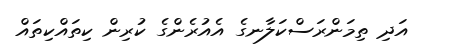
އަދި ތިމަންރަސްކަލާނގެ އެއުރެންގެ ކުރިން ކިތައްކިތައް